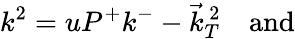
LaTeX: k^{2}=uP^{+}k^{-}-\vec{k}_{T}^{\, 2}\quad\mathrm{and}